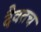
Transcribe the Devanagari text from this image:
दैवतच